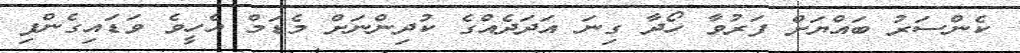
ކެންސަރު ބައްޔަށް ފަރުވާ ހޯދާ ގިނަ އަދަދެއްގެ ކުދިންނަށް މެޑަމް އެހީވެ ވަޑައިގެންފި